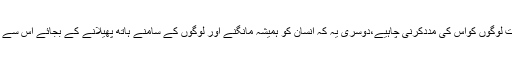
ایک تویہ کہ اگر انسان بالکل ہی تنگدست اور محتاج ہے توصاحبِ استطاعت لوگوں کواس کی مددکرنی چاہیے،دوسری یہ کہ انسان کو ہمیشہ مانگنے اور لوگوں کے سامنے ہاتھ پھیلانے کے بجائے اس سے بچنے اور خود محنت کرنے کے ساتھ صبر کرنے کی عادت ڈالنی چاہئے۔